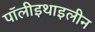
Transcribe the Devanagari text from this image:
पॉलीइथाइलीन